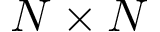
N \times N